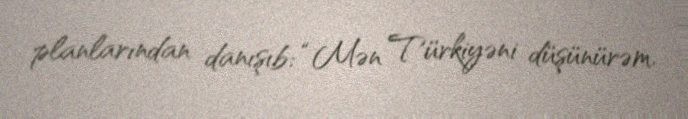
planlarından danışıb: “Mən Türkiyəni düşünürəm.